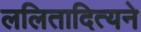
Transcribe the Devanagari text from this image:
ललितादित्यने